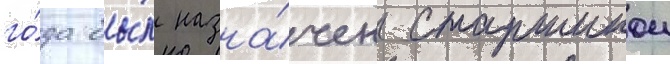
го́да бы́л назна́чен старшинои